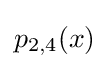
p_{2,4}(x)